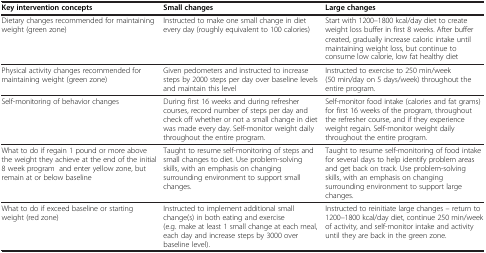
<table><thead><tr><td><b>Key intervention concepts</b></td><td><b>Small changes</b></td><td><b>Large changes</b></td></tr></thead><tbody><tr><td>Dietary changes recommended for maintaining weight (green zone)</td><td>Instructed to make one small change in diet every day (roughly equivalent to 100 calories)</td><td>Start with 1200–1800 kcal/day diet to create weight loss buffer in first 8 weeks. After buffer created, gradually increase caloric intake until maintaining weight loss, but continue to consume low calorie, low fat healthy diet</td></tr><tr><td>Physical activity changes recommended for maintaining weight (green zone)</td><td>Given pedometers and instructed to increase steps by 2000 steps per day over baseline levels and maintain this level</td><td>Instructed to exercise to 250 min/week (50 min/day on 5 days/week) throughout the entire program.</td></tr><tr><td>Self-monitoring of behavior changes</td><td>During first 16 weeks and during refresher courses, record number of steps per day and check off whether or not a small change in diet was made every day. Self-monitor weight daily throughout the entire program.</td><td>Self-monitor food intake (calories and fat grams) for first 16 weeks of the program, throughout the refresher course, and if they experience weight regain. Self-monitor weight daily throughout the entire program.</td></tr><tr><td>What to do if regain 1 pound or more above the weight they achieve at the end of the initial 8 week program and enter yellow zone, but remain at or below baseline</td><td>Taught to resume self-monitoring of steps and small changes to diet. Use problem-solving skills, with an emphasis on changing surrounding environment to support small changes.</td><td>Taught to resume self-monitoring of food intake for several days to help identify problem areas and get back on track. Use problem-solving skills, with an emphasis on changing surrounding environment to support large changes.</td></tr><tr><td>What to do if exceed baseline or starting weight (red zone)</td><td>Instructed to implement additional small change(s) in both eating and exercise (e.g. make at least 1 small change at each meal, each day and increase steps by 3000 over baseline level).</td><td>Instructed to reinitiate large changes – return to 1200–1800 kcal/day diet, continue 250 min/week of activity, and self-monitor intake and activity until they are back in the green zone.</td></tr></tbody></table>